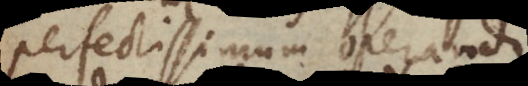
perfectissimum operandi